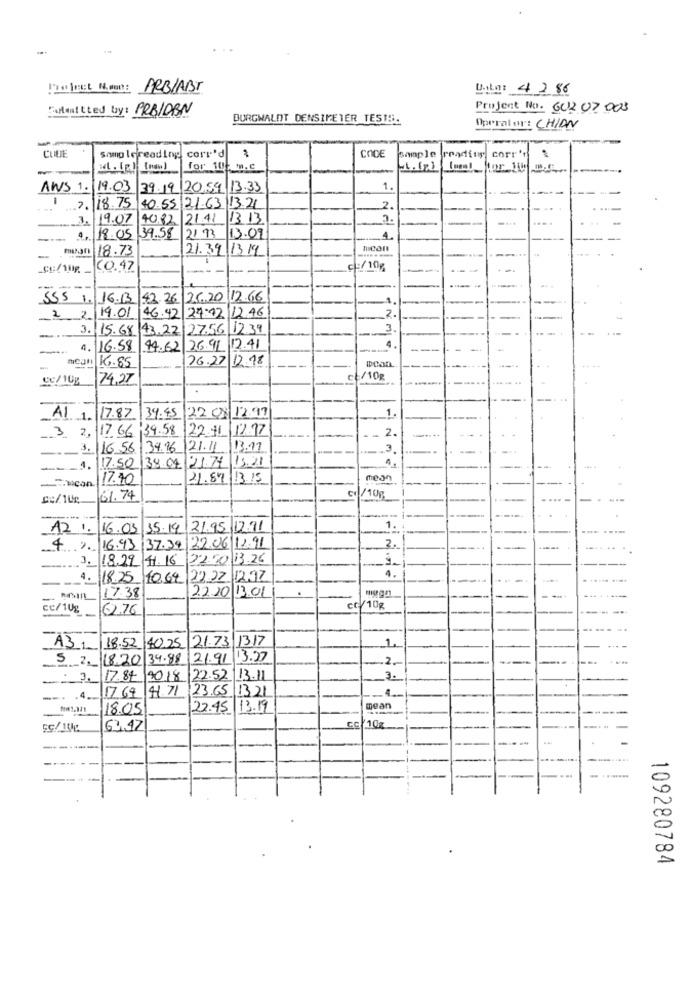
Thelast Month: ARBIABI
Dato: 4286
[Mitted by: PRBIDBN
Project No. 60202 003
BURGWALDT DENSIPETER TESTS.
Operator: CHIAN
--
CUUE
CODE
somo lereading corr'd
Sample reading corr'n
-
for 105 m.c
ANS 1. 19.03 39. 19 20.59 13.33
1.
.7.18.75
40.55 21.63|13.21
2.
3. 19.07
4082 21.11
13 13
3.
4, 18.05 39.58
21 93
113.09
mean 18.73
21.39 1319
-------
moon
-
CO.47
---
c / 10g
.
SSS 1. 16.13 42.26 25.20 12.66
2 2/19.01 46.42 27:12 12.46
2.
3. 15.68 43.22. 27.56 12.39
3
--.-
--
1. 16.58 94.62 26.91 12.41
4.
hcan 16.85
26.27 12.18
CO/ 101
74.27
ct/10g
-
2208 12.97
Al 1. 17.87 39.45
1.
.3. 2,17.66 39.58 |22.11 |12.77
- 2.
.
3. 16.56
34.96 /21.11
/13.11
.3
38.04 21.77 13.21
4.
117.50
17.70
21.87/13.15
mean
-nicon
61.74
/10g
12. 16.03 15.19/21.95 12.91
1.
42.16.93 37.39|22.06/12.91
2.
3. 18.22 11.16
22.30 13.26
4.
4. 18.25 10.64
22.22 12.97
---
22.20 13.01
-
17.38
--
cc/10g
62.76
ct/ 10g
1
A3 /18.52 40.25 21.73 |13.17
5-18.20
39.88 21.91 13.27
.2.
-
-
17.84
90.18 22.52|13.11
3.
-
41.71
23.65 13.21
.-. . 4.
17 69
18.05
22.45|13.19
mean
62.47
cc 10g
-----
-----
109280784